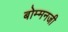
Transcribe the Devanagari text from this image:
बोम्मनजी